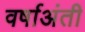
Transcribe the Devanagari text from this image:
वर्षाअंती